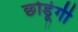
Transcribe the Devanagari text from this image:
छोडूंगी